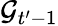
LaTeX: \mathcal{G}_{t^{\prime}-1}